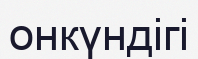
онкүндігі